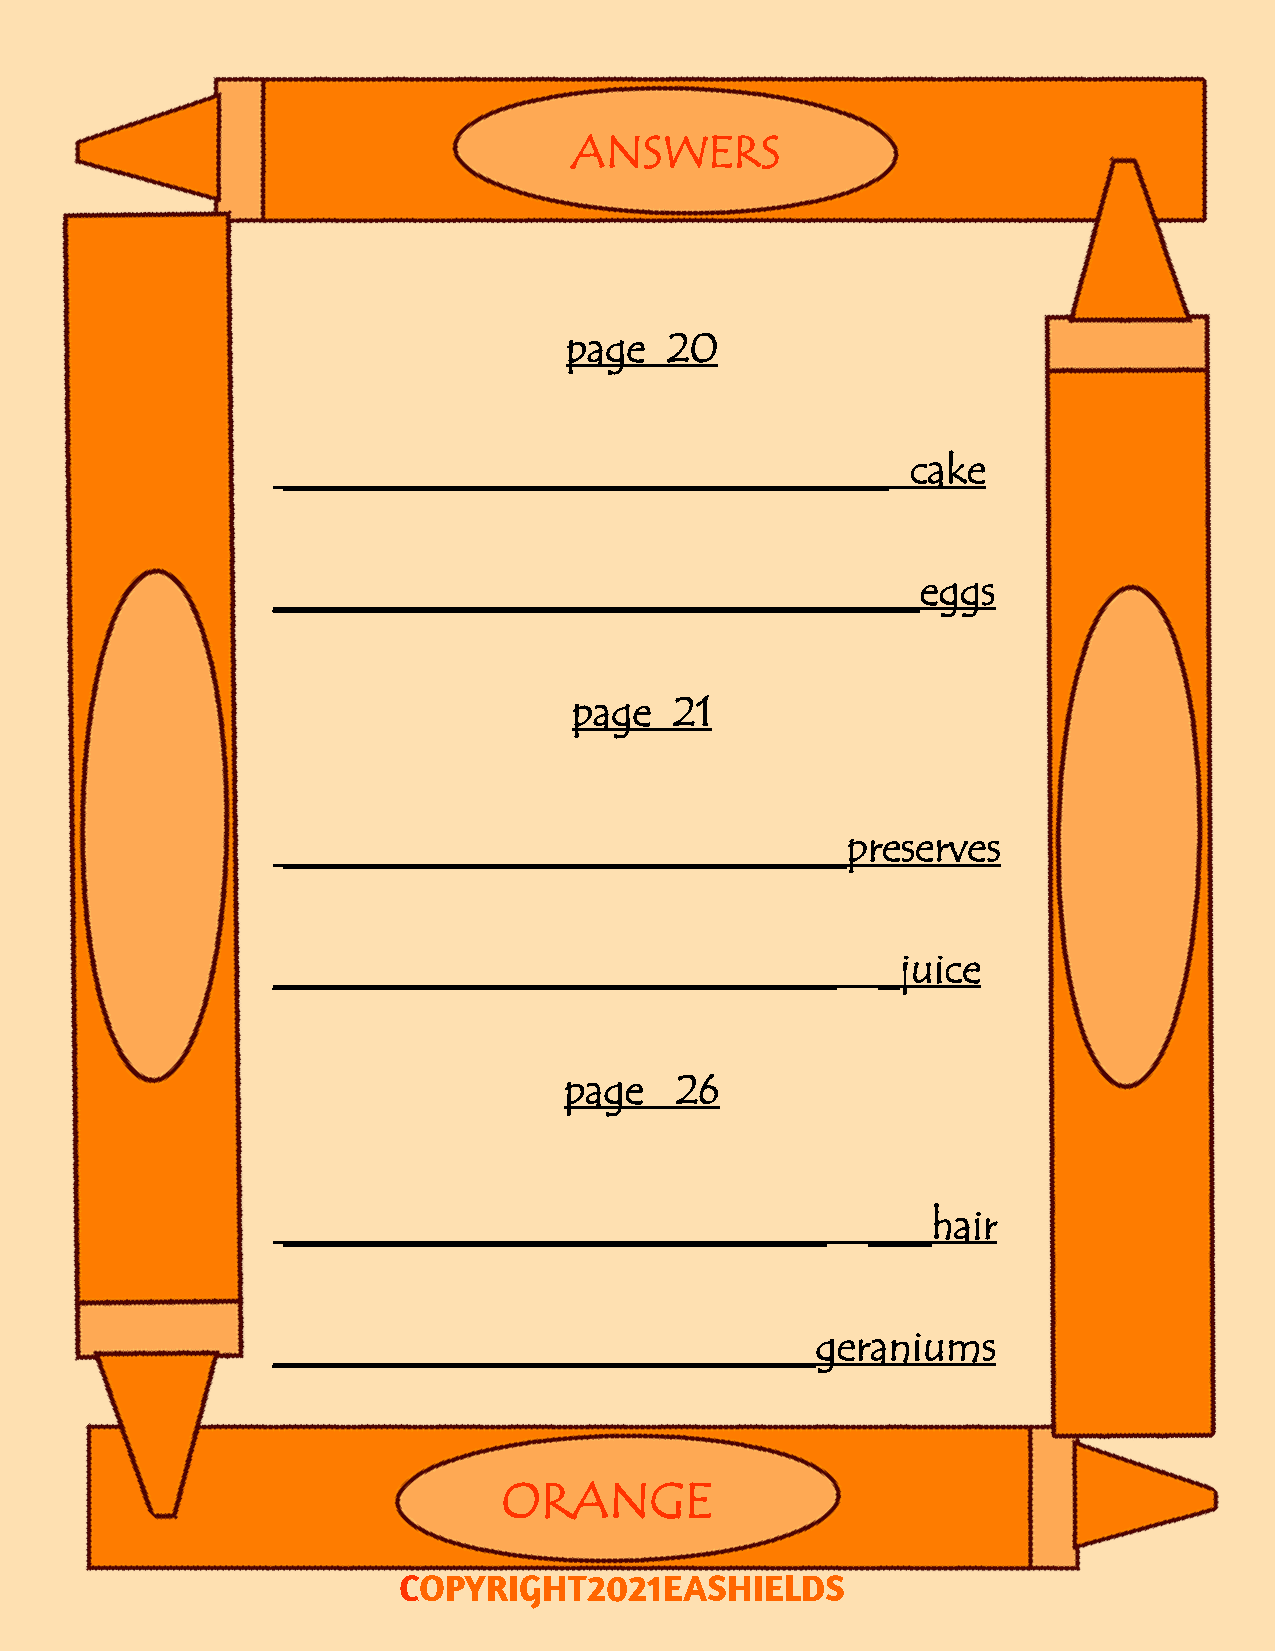
ANSWERS
 page   20
 _____________________________            cake
 _______________________________eggs
 page   21
 ___________________________preserves
 ___________________________             _juice
 page    26
 __________________________            ___hair
 __________________________geraniums
 ORANGE
 COPYRIGHT2021EASHIELDS